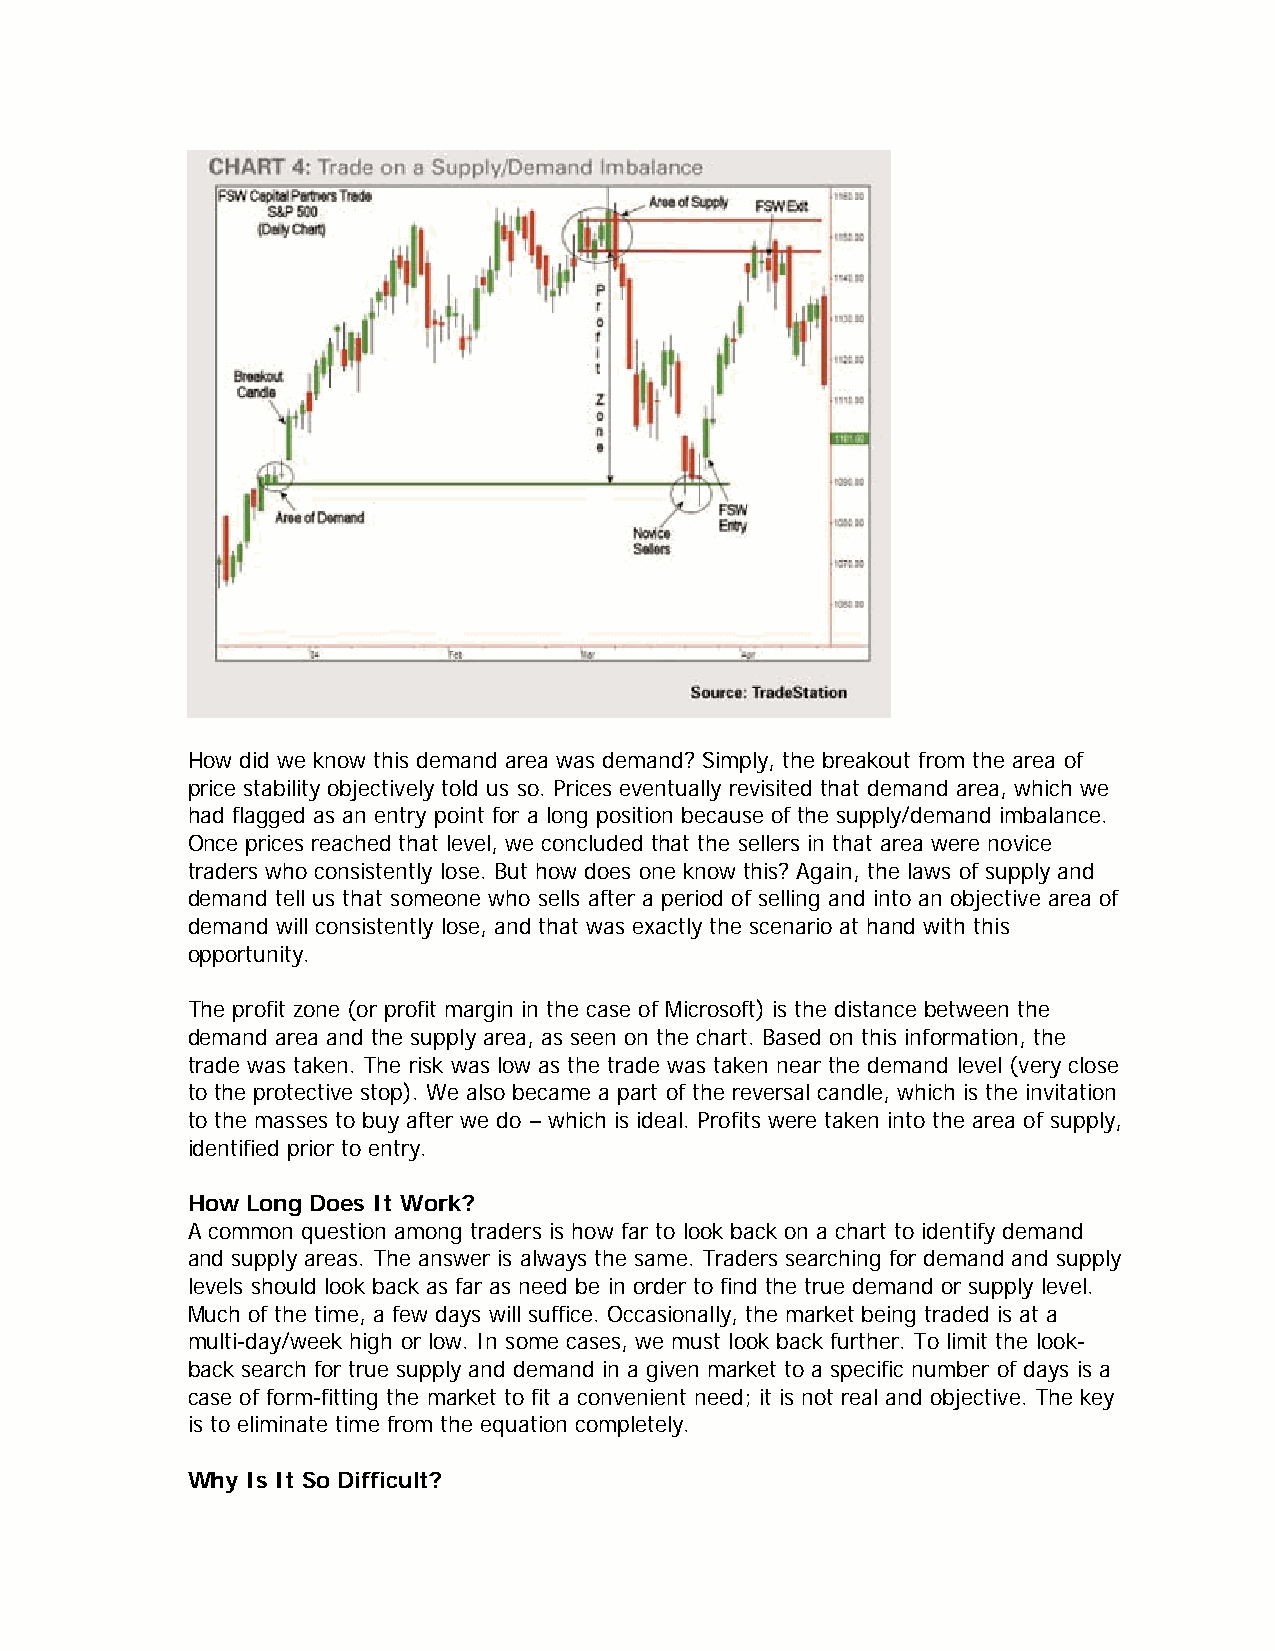
How did we know this demand area was demand? Simply, the breakout from the area of
 price stability objectively told us so. Prices eventually revisited that demand area, which we
 had flagged as an entry point for a long position because of the supply/demand imbalance.
 Once prices reached that level, we concluded that the sellers in that area were novice
 traders who consistently lose. But how does one know this? Again, the laws of supply and
 demand tell us that someone who sells after a period of selling and into an objective area of
 demand will consistently lose, and that was exactly the scenario at hand with this
 opportunity.
 The profit zone (or profit margin in the case of Microsoft) is the distance between the
 demand area and the supply area, as seen on the chart. Based on this information, the
 trade was taken. The risk was low as the trade was taken near the demand level (very close
 to the protective stop). We also became a part of the reversal candle, which is the invitation
 to the masses to buy after we do – which is ideal. Profits were taken into the area of supply,
 identified prior to entry.
 How Long Does It Work?
 A common question among traders is how far to look back on a chart to identify demand
 and supply areas. The answer is always the same. Traders searching for demand and supply
 levels should look back as far as need be in order to find the true demand or supply level.
 Much of the time, a few days will suffice. Occasionally, the market being traded is at a
 multi-day/week high or low. In some cases, we must look back further. To limit the look-
 back search for true supply and demand in a given market to a specific number of days is a
 case of form-fitting the market to fit a convenient need; it is not real and objective. The key
 is to eliminate time from the equation completely.
 Why Is It So Difficult?